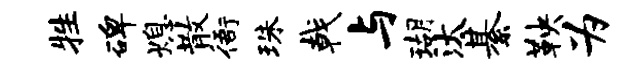
牲碑熄散衙珠戟与瑚汰綦鞅为